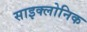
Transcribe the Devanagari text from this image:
साइक्लोनिक